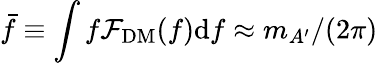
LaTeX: \bar{f}\equiv\int f\mathcal{F}_{\mathrm{DM}}(f)\mathrm{d}f\approx m_{A^{\prime}}/(2\pi)